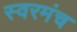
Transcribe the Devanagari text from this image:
स्वरमंच